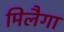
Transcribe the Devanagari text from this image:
मिलैगा